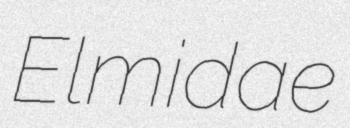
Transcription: Elmidae